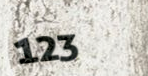
123